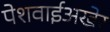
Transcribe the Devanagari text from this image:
पेशवाईअखेर